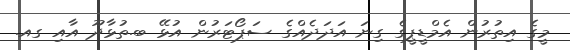
މީގެ އިތުރުން އެމްޑީޕީގެ ގިނަ އަދަދެއްގެ ސަޕޯޓަރުން އުޅޭ ބ.ތުޅާދޫ އާއި ގއ.